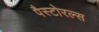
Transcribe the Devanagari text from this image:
पैस्टोरल्स